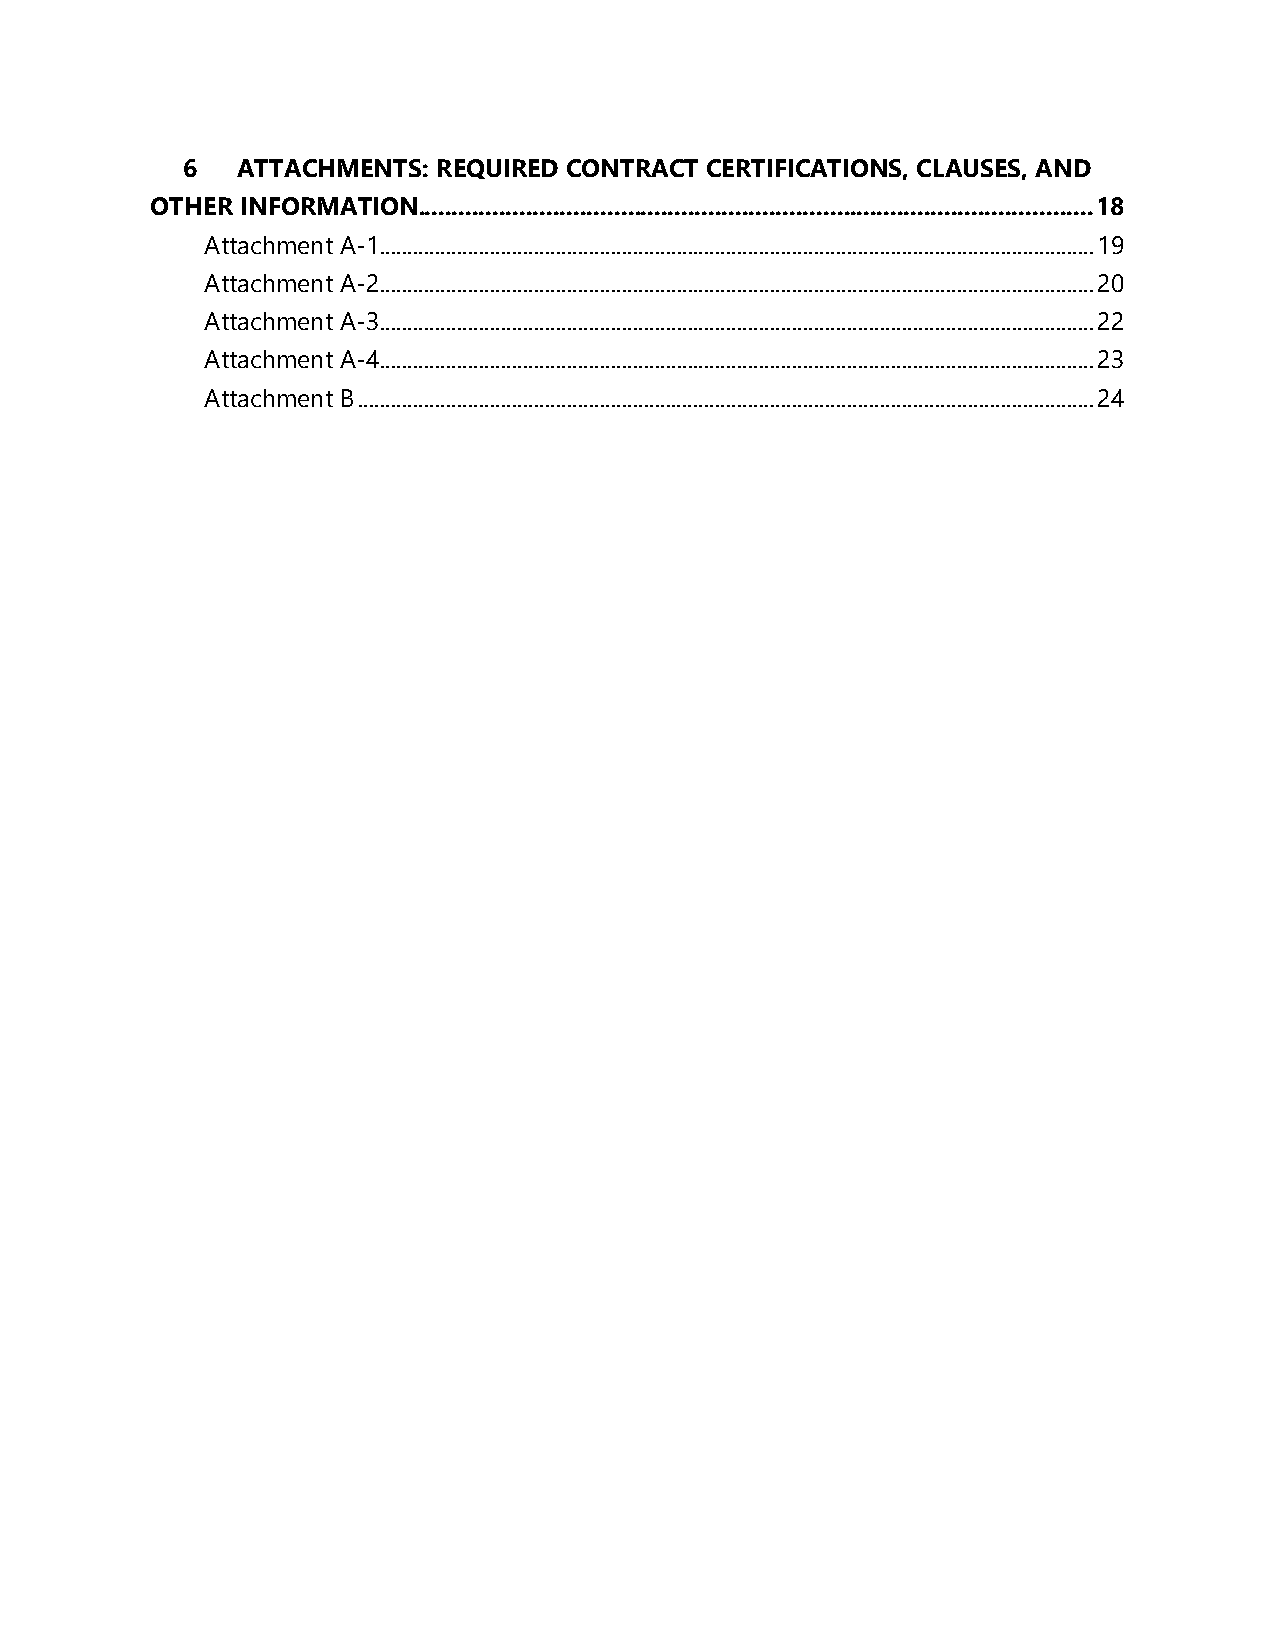
6   ATTACHMENTS: REQUIRED CONTRACT CERTIFICATIONS, CLAUSES, AND
 OTHER INFORMATION.................................................................................................... 18
 Attachment A-1.................................................................................................................................. 19
 Attachment A-2.................................................................................................................................. 20
 Attachment A-3.................................................................................................................................. 22
 Attachment A-4.................................................................................................................................. 23
 Attachment B ...................................................................................................................................... 24